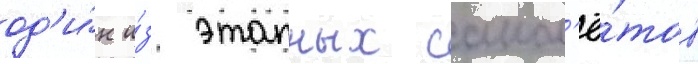
од'и́н и́з этапных самол'ё́тов